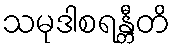
သမုဒါစရန္တီတိ